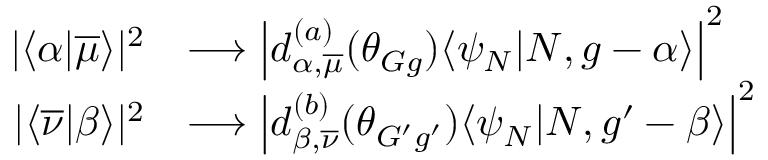
\begin{array} { r l } { | \langle \alpha | \overline { { \mu } } \rangle | ^ { 2 } } & { \longrightarrow \left| d _ { \alpha , \overline { { \mu } } } ^ { ( a ) } ( \theta _ { G g } ) \langle \psi _ { N } | N , g - \alpha \rangle \right| ^ { 2 } } \\ { | \langle \overline { { \nu } } | \beta \rangle | ^ { 2 } } & { \longrightarrow \left| d _ { \beta , \overline { { \nu } } } ^ { ( b ) } ( \theta _ { G ^ { \prime } g ^ { \prime } } ) \langle \psi _ { N } | N , g ^ { \prime } - \beta \rangle \right| ^ { 2 } } \end{array}